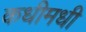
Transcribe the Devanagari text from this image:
कधीमधी